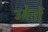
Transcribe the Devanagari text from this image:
उबेर्तो